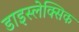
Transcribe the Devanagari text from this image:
डाइस्लेक्सिक